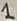
Text: 1